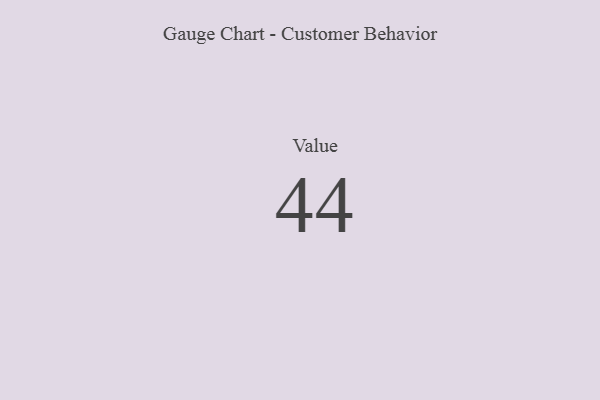
{"axis": {"x": "Metric", "y": "Value"}, "legend": [""], "data": [{"x": "Value", "y": 44, "type": ""}]}